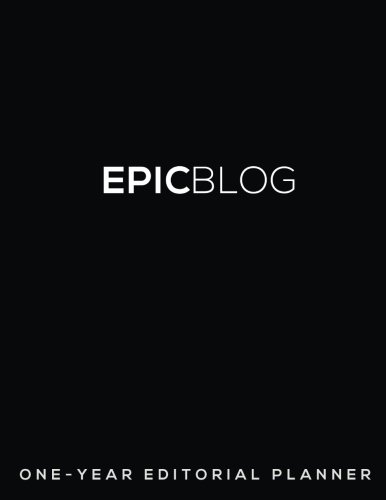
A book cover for EPIC BLOG: One-Year Editorial Planner; Regina Anaejionu; Self-Help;